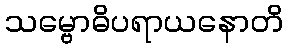
သမ္ဗောဓိပရာယနောတိ